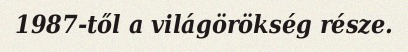
1987-től a világörökség része.